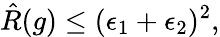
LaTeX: \hat{R}(g)\leq(\epsilon_{1}+\epsilon_{2})^{2},